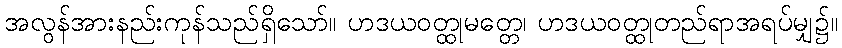
အလွန်အားနည်းကုန်သည်ရှိသော်။ ဟဒယဝတ္ထုမတ္တေ၊ ဟဒယဝတ္ထုတည်ရာအရပ်မျှ၌။